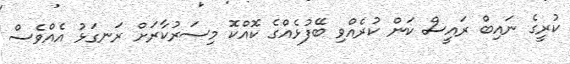
ކުރީގެ ނައިބް ރައީސް ކަން ކުރެއްވި ބޭފުޅެއްގެ ކޮއްކޮ މިސަރުކާރަށް ރަނގަޅު އެއްވެސް